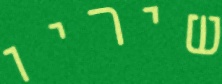
שיריו